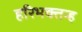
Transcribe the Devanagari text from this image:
हरिभक्तन्ह